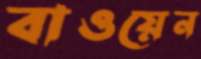
বাওয়েন